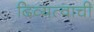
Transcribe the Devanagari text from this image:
दिव्यत्वाची